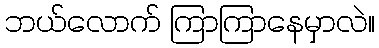
ဘယ်လောက် ကြာကြာနေမှာလဲ။